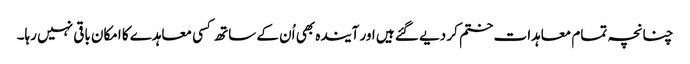
چنانچہ تمام معاہدات ختم کر دیے گئے ہیں اور آیندہ بھی اُن کے ساتھ کسی معاہدے کا امکان باقی نہیں رہا۔